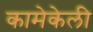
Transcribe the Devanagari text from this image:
कामेकेली